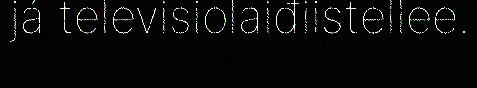
já televisiolaiđiistellee.